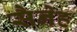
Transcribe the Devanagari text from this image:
सैनेह